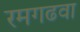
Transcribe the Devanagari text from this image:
रमगढवा